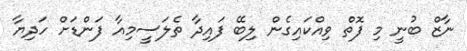
ނާޒް ބުނީ މި ފޮތް ވިއްކައިގެން ލިބޭ ފައިދާ ތެލަސީމިއާ ފަންޑަށް ހަދިޔާ